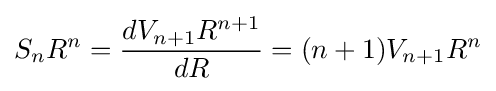
S_{n}R^{n}={\frac {dV_{n+1}R^{n+1}}{dR}}={(n+1)V_{n+1}R^{n}}